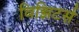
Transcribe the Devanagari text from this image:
विझिटर्स